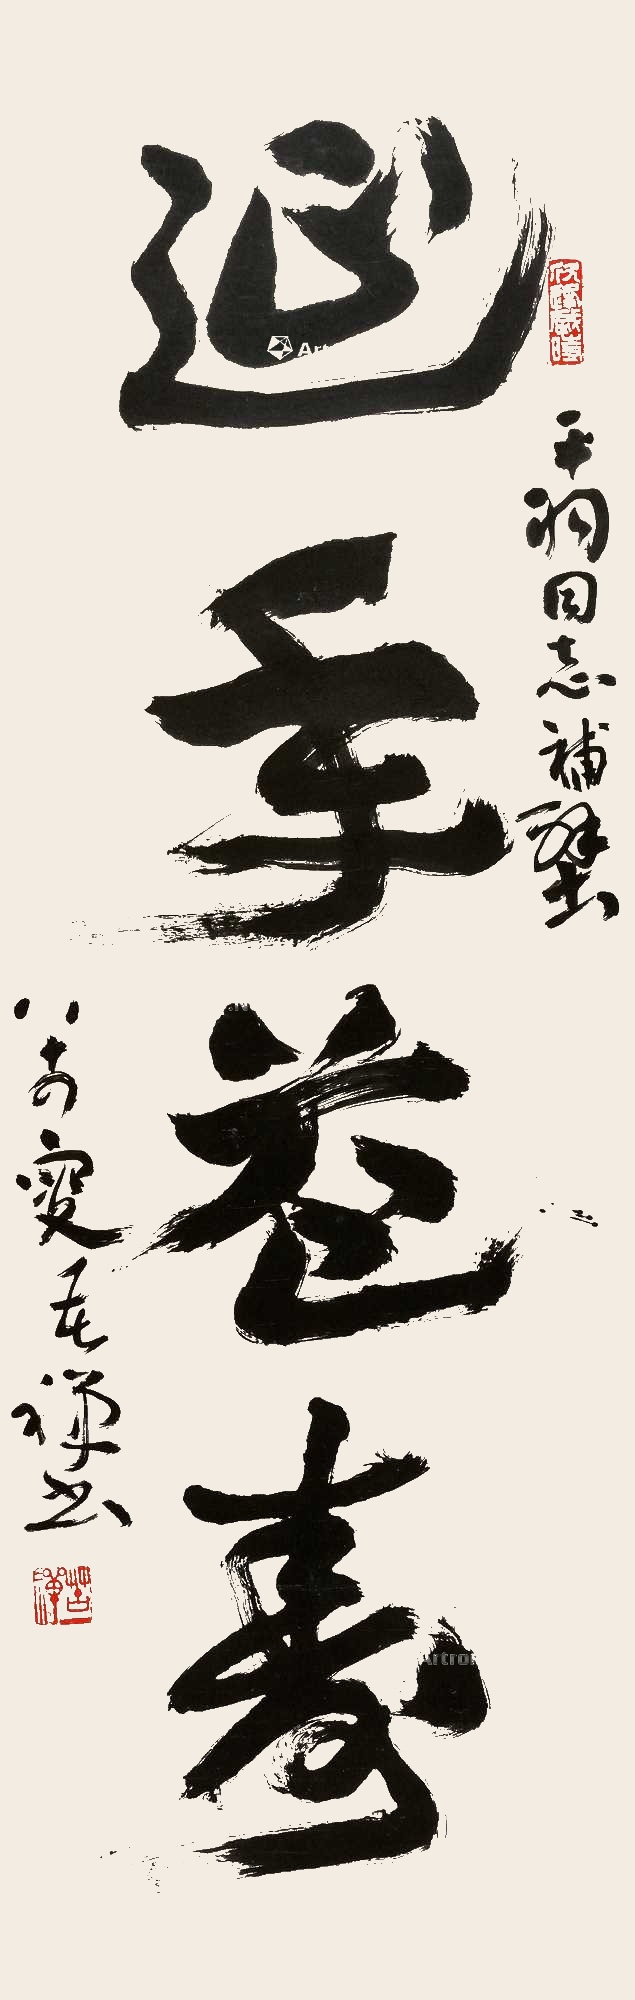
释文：延年益寿平羽同志补壁，八十四叟苦禅书。